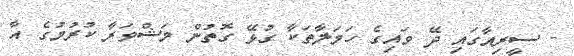
- ސީރިއާގައި ދޭ ވައިގެ ހަމަލާތަކާ ގުޅޭ ގޮތުން މަޝްވަރާ ކުރުމުގެ އާ